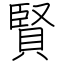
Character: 賢